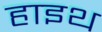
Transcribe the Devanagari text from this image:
हाइथ